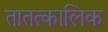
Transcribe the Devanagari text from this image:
तातत्कालिक